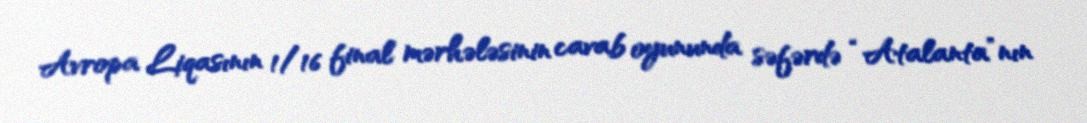
Avropa Liqasının 1/16 final mərhələsinin cavab oyununda səfərdə “Atalanta”nın